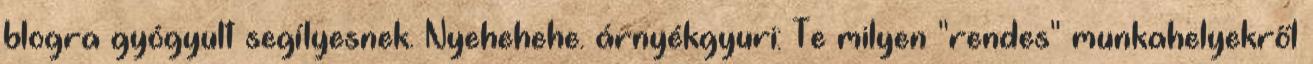
blogra gyógyult segílyesnek. Nyehehehe. árnyékgyuri: Te milyen "rendes" munkahelyekről